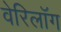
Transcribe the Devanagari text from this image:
वेरिलॉग